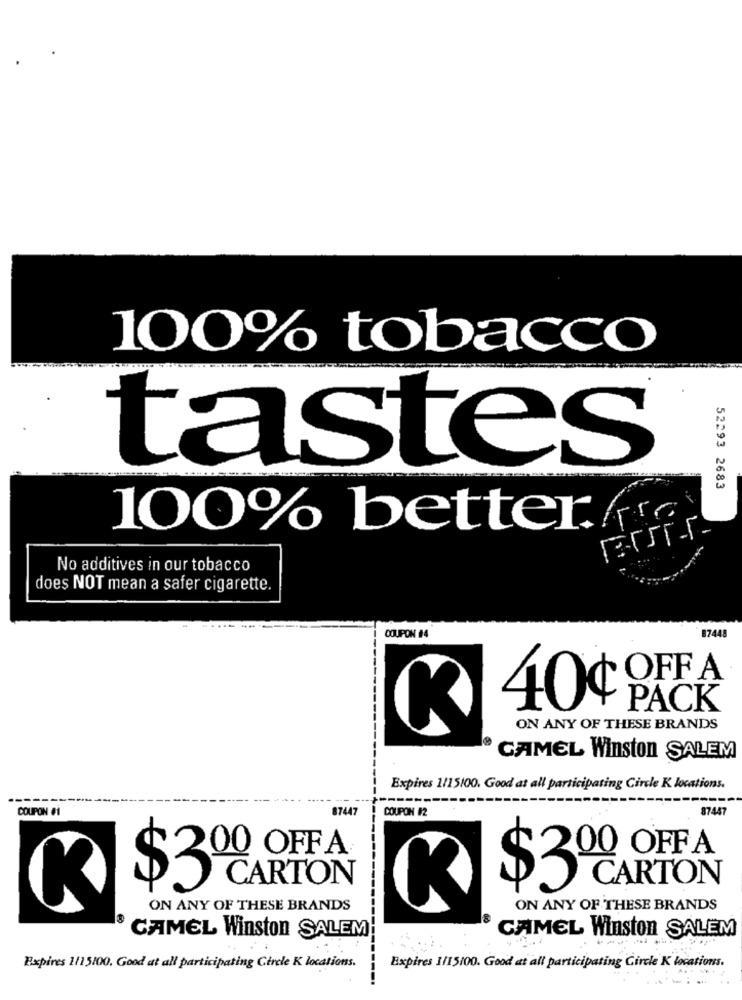
100% tobacco
tastes
52293 2683
100% better.
No additives in our tobacco
does NOT mean a safer cigarette.
-...
8744
COUPON #4
OFF A
40¢
PACK
ON ANY OF THESE BRANDS
CAMEL Winston SALEM
Expires 1/15100. Good at all participating Circle K locations.
COUPON #1
87447
COUPON #2
87447
00 OFFA
200 OFFA
CARTON
CARTON
$3
$3
K
ON ANY OF THESE BRANDS
ON ANY OF THESE BRANDS
18
CAMEL Winston SALEM
CAMEL Winston SALEM
Expires 1/15100. Good at all participating Circle K locations.
Expires 1/15/00. Good at all participating Circle K locations.